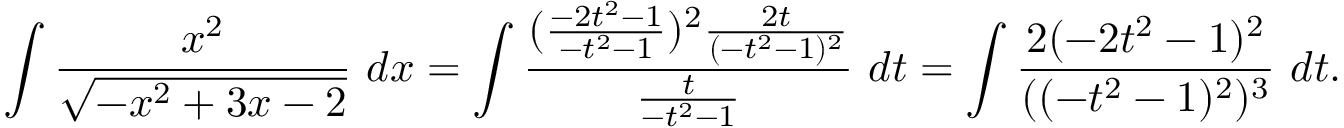
\int { \frac { x ^ { 2 } } { \sqrt { - x ^ { 2 } + 3 x - 2 } } } \ d x = \int { \frac { ( { \frac { - 2 t ^ { 2 } - 1 } { - t ^ { 2 } - 1 } } ) ^ { 2 } { \frac { 2 t } { ( - t ^ { 2 } - 1 ) ^ { 2 } } } } { \frac { t } { - t ^ { 2 } - 1 } } } \ d t = \int { \frac { 2 ( - 2 t ^ { 2 } - 1 ) ^ { 2 } } { ( ( - t ^ { 2 } - 1 ) ^ { 2 } ) ^ { 3 } } } \ d t .